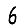
Digit: 6